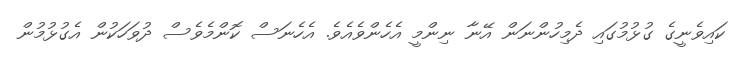
ކައިވެނީގެ ގުޅުމުގައި ދެމިހުންނަން އޭނާ ނިންމީ އެހެންވެއެވެ. އެހެނަސް ކޮންމެވެސް ދުވަހަކުން އެގުޅުމުން